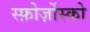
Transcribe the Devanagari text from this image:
स्फ़ोर्ज़ोस्को